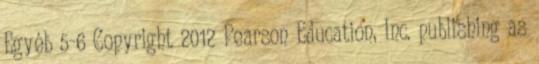
Egyéb 5-6 Copyright 2012 Pearson Education, Inc. publishing as